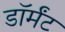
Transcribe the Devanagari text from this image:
डॉर्मंट